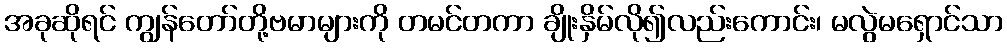
အခုဆိုရင် ကျွန်တော်တို့ဗမာများကို တမင်တကာ ချိုးနှိမ်လို၍လည်းကောင်း၊ မလွဲမရှောင်သာ